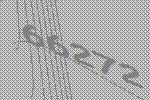
66272